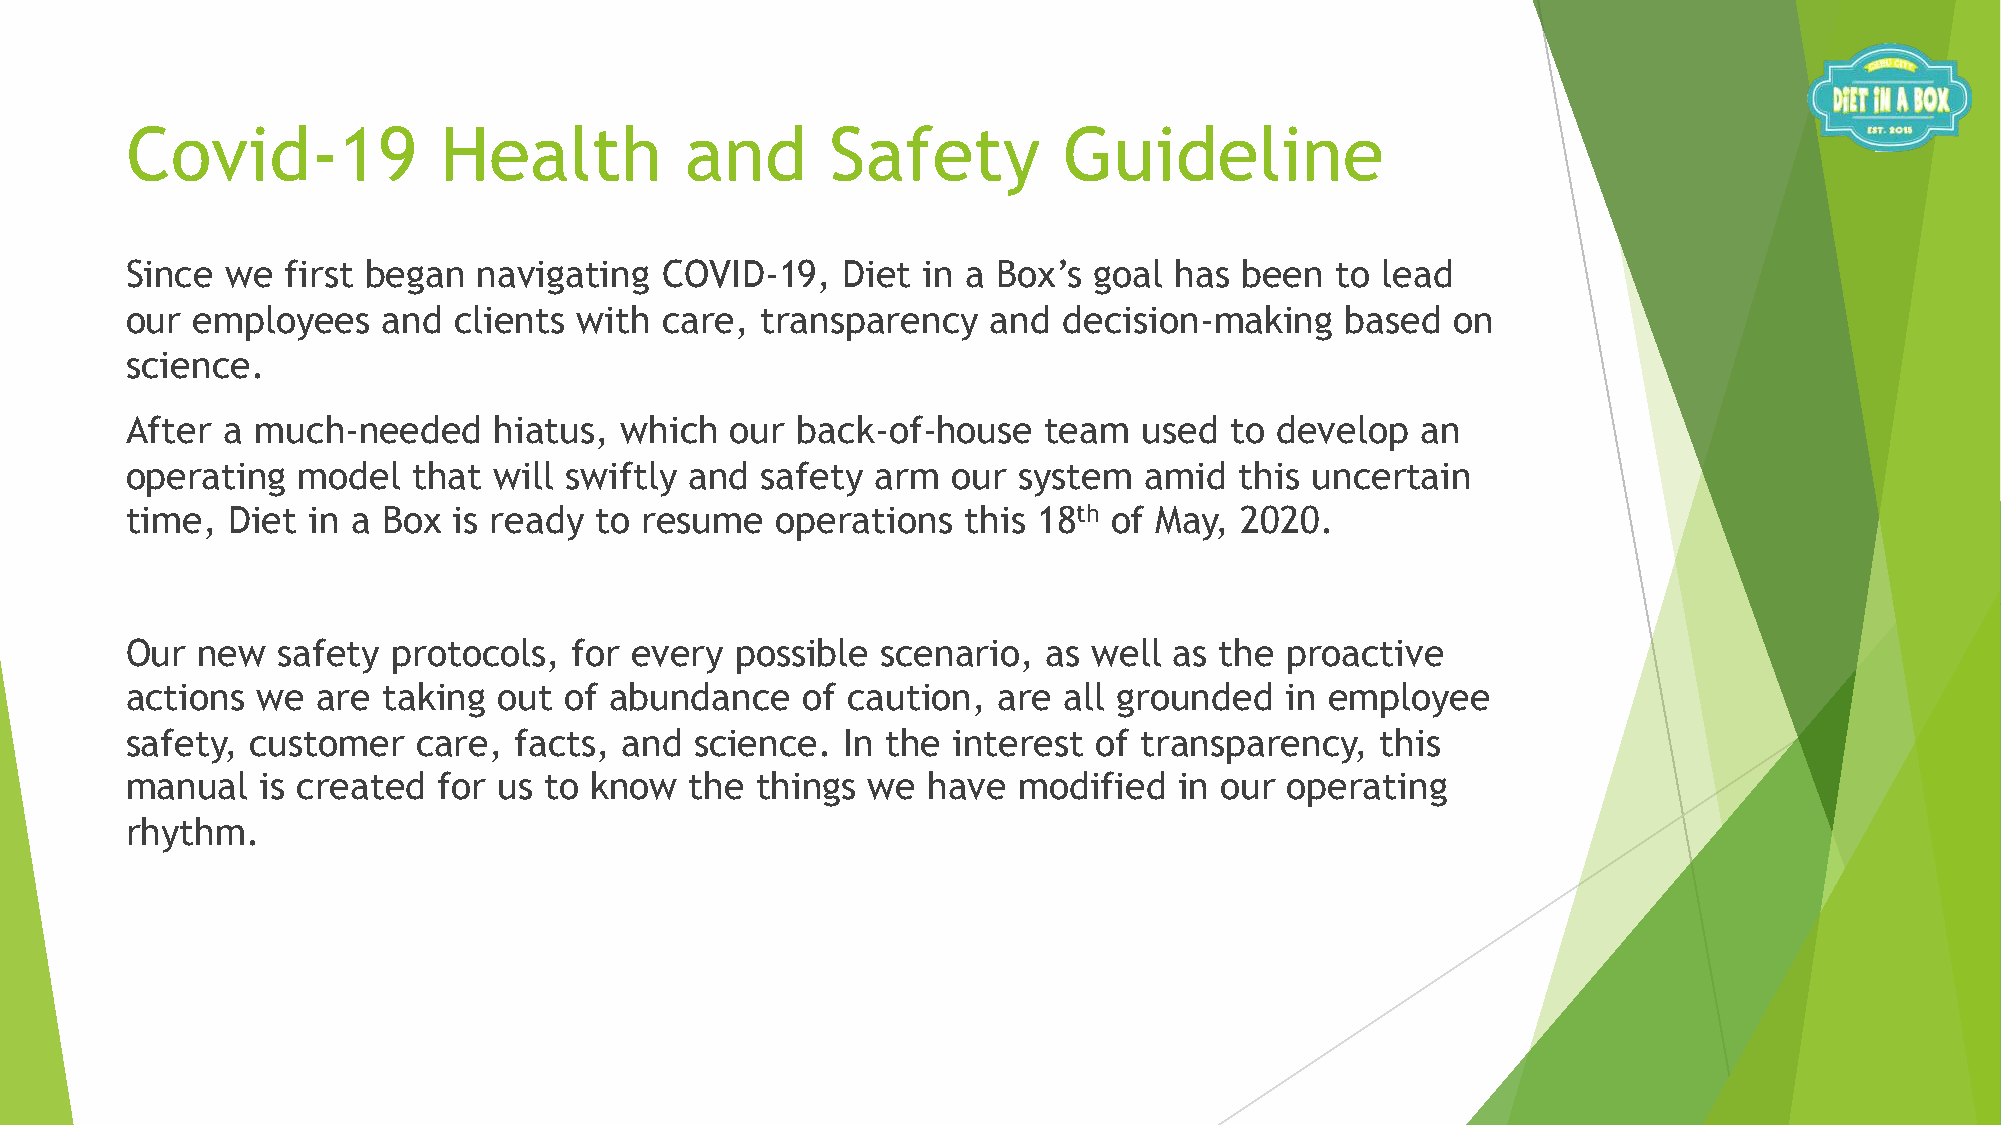
Covid-19             Health          and       Safety         Guideline
 Since  we  first began  navigating  COVID-19,   Diet in a Box’s goal  has been  to lead
 our  employees   and  clients with  care, transparency    and decision-making    based  on
 science.
 After  a much-needed     hiatus, which  our  back-of-house   team   used to develop   an
 operating   model  that  will swiftly and safety  arm  our system   amid  this uncertain
 time,  Diet in a Box  is ready to resume   operations   this 18th of May, 2020.
 Our  new  safety  protocols,  for every  possible scenario,  as well  as the proactive
 actions  we  are taking  out of abundance    of caution,  are all grounded   in employee
 safety, customer    care, facts, and  science.  In the interest  of transparency,  this
 manual   is created  for us to know   the things we  have  modified   in our operating
 rhythm.